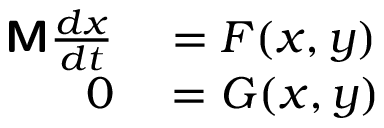
\begin{array} { r l } { \boldsymbol { \mathsf { M } } \frac { d \boldsymbol { x } } { d t } } & { { } = F ( \boldsymbol { x } , \boldsymbol { y } ) } \\ { \boldsymbol { 0 } } & { { } = G ( \boldsymbol { x } , \boldsymbol { y } ) } \end{array}